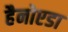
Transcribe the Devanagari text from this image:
हैनोएडा